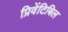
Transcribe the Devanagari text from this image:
प्रिवेंटिबिल